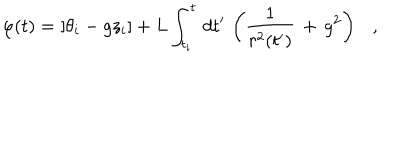
\varphi ( t ) = \left[ \theta _ { i } - g z _ { i } \right] + L \int _ { t _ { i } } ^ { t } \, d t ^ { \prime } \, \left( \frac { 1 } { r ^ { 2 } ( t ^ { \prime } ) } \, + \, g ^ { 2 } \right) \ \ \ ,